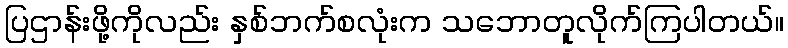
ပြဌာန်းဖို့ကိုလည်း နှစ်ဘက်စလုံးက သဘောတူလိုက်ကြပါတယ်။